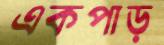
একপাড়